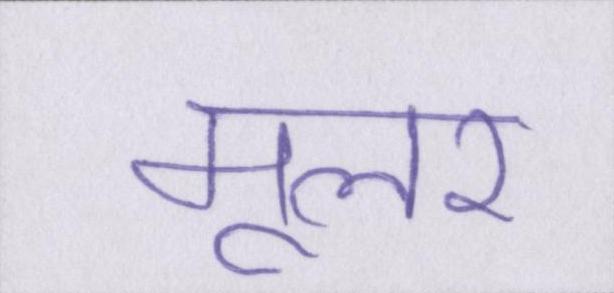
मूलर